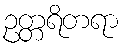
ဥတ္တရိတရာ